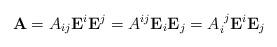
LaTeX: \begin{align*}\mathbf{A}=A_{ij}\mathbf{E}^{i}\mathbf{E}^{j}=A^{ij}\mathbf{E}_{i}\mathbf{E}_{j}=A_{i}^{\,\,j}\mathbf{E}^{i}\mathbf{E}_{j}\end{align*}